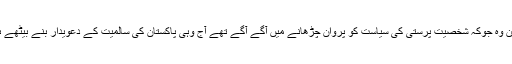
لیکن وہ جوکہ شخصیت پرستی کی سیاست کو پروان چڑھانے میں آگے آگے تھے آج وہی پاکستان کی سالمیت کے دعویدار بنے بیٹھے ہیں۔